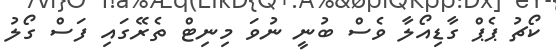
ކޯޗު ޕެޕް ގާޑިއޯލާ ވެސް ބުނީ ނުވަ މިނިޓް ތެރޭގައި ފަސް ގޯލު